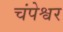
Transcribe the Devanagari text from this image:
चंपेश्वर